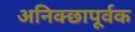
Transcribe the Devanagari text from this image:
अनिक्छापूर्वक